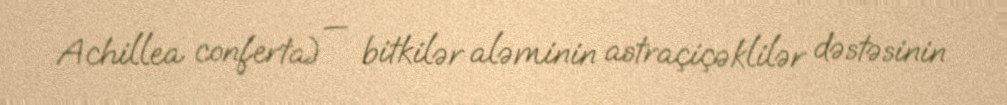
Achillea conferta) — bitkilər aləminin astraçiçəklilər dəstəsinin